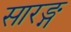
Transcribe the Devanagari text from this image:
सारङ्ग